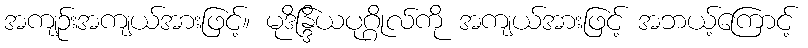
အကျဉ်းအကျယ်အားဖြင့်။ မုဒိန္ဒြိယပုဂ္ဂိုလ်ကို အကျယ်အားဖြင့် အဘယ့်ကြောင့်